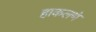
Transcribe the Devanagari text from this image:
हाकलणे